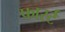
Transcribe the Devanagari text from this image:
फार्स्ट